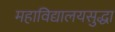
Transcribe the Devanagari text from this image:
महाविद्यालयसुद्धा